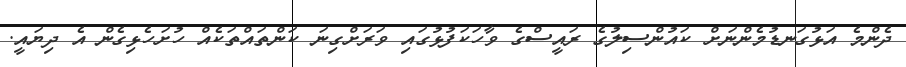
ދެންމެ އަޅުގަނޑުމެންނަށް ކައުންސިލުގެ ރައީސްގެ ވާހަކަފުޅުގައި ވަރަށްގިނަ ކަންތައްތަކެއް ހުށަހެޅިގެން އެ ދިޔައީ.